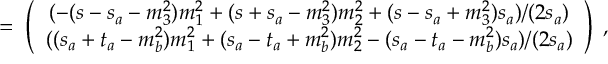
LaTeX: \; = \; \left( \begin{array} { c } { { ( - ( s - s _ { a } - m _ { 3 } ^ { 2 } ) m _ { 1 } ^ { 2 } + ( s + s _ { a } - m _ { 3 } ^ { 2 } ) m _ { 2 } ^ { 2 } + ( s - s _ { a } + m _ { 3 } ^ { 2 } ) s _ { a } ) / ( 2 s _ { a } ) } } \\ { { ( ( s _ { a } + t _ { a } - m _ { b } ^ { 2 } ) m _ { 1 } ^ { 2 } + ( s _ { a } - t _ { a } + m _ { b } ^ { 2 } ) m _ { 2 } ^ { 2 } - ( s _ { a } - t _ { a } - m _ { b } ^ { 2 } ) s _ { a } ) / ( 2 s _ { a } ) } } \end{array} \right) \; ,